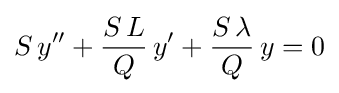
S\,y''+{\frac {S\,L}{Q}}\,y'+{\frac {S\,\lambda }{Q}}\,y=0